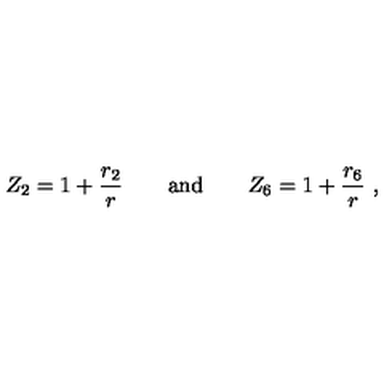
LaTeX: Z _ { 2 } = 1 + \frac { r _ { 2 } } { r } \qquad \mathrm { a n d } \qquad Z _ { 6 } = 1 + \frac { r _ { 6 } } { r } \ ,